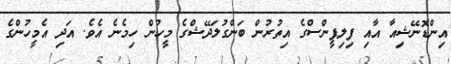
އިންޑޮނޭޝިއާ އާއި ފިލިޕީންސްގެ އިތުރުން ބަންގުލަދޭޝްގެ މީހުން ހިމެނެ އެވެ. އަދި އެމީހުންގެ